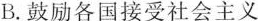
B.鼓励各国接受社会主义